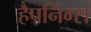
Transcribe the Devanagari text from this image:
हैपनिंग्स